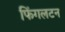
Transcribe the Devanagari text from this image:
फिंगलटन